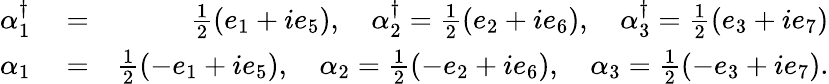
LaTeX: \begin{array}{rlr}{\alpha_{1}^{\dagger}}&{{}=}&{\frac{1}{2}(e_{1}+ie_{5}),\quad\alpha_{2}^{\dagger}=\frac{1}{2}(e_{2}+ie_{6}),\quad\alpha_{3}^{\dagger}=\frac{1}{2}(e_{3}+ie_{7})}\\ {\alpha_{1}}&{{}=}&{\frac{1}{2}(-e_{1}+ie_{5}),\quad\alpha_{2}=\frac{1}{2}(-e_{2}+ie_{6}),\quad\alpha_{3}=\frac{1}{2}(-e_{3}+ie_{7}).}\end{array}